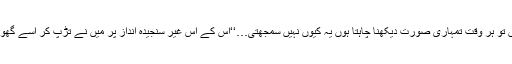
میں تو ہر وقت تمہاری صورت دیکھنا چاہتا ہوں یہ کیوں نہیں سمجھتی…‘‘اس کے اس غیر سنجیدہ انداز پر میں نے تڑپ کر اسے گھورا۔